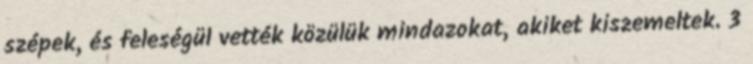
szépek, és feleségül vették közülük mindazokat, akiket kiszemeltek. 3